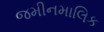
જમીનમાલિક